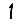
Digit: 1